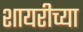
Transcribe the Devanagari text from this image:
शायरीच्या